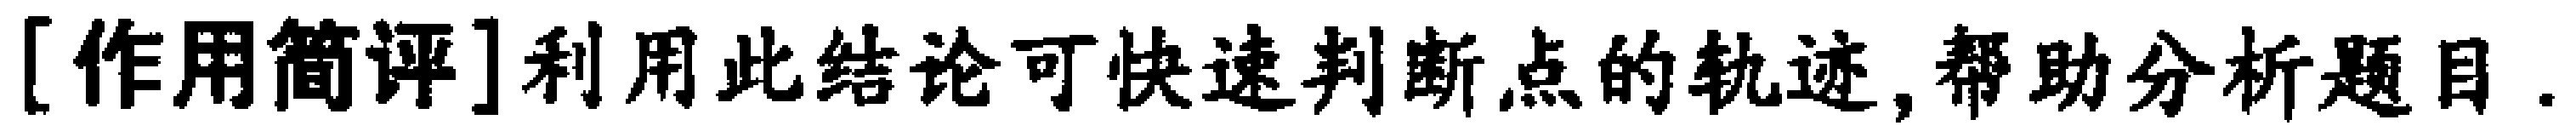
[作用简评]利用此结论可快速判断点的轨迹,帮助分析题目.